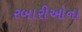
રબારીઓના